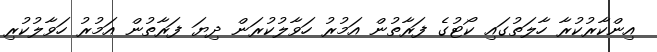
އިންކާރުކުރާ ހާލަތުގައި ކޯޓުގެ ފަރާތުން އަމުރު ހަވާލުކުރަން ދިޔަ ފަރާތުން އަމުރު ހަވާލުކުރި